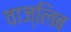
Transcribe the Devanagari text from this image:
वाज्लिब